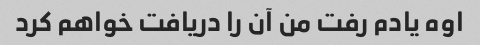
اوه یادم رفت من آن را دریافت خواهم کرد